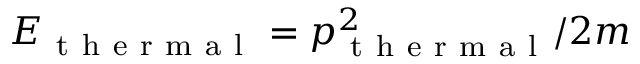
E _ { \mathrm { ~ t ~ h ~ e ~ r ~ m ~ a ~ l ~ } } = p _ { \mathrm { ~ t ~ h ~ e ~ r ~ m ~ a ~ l ~ } } ^ { 2 } / 2 m